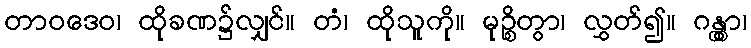
တာဝဒေဝ၊ ထိုခဏ၌လျှင်။ တံ၊ ထိုသူကို။ မုဉ္စိတွာ၊ လွှတ်၍။ ဂန္တွာ၊